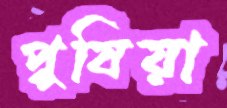
পুষিয়া